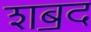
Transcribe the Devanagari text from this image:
शॿद